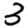
Digit: 3